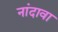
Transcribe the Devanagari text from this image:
नांदावा